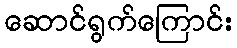
ဆောင်ရွက်ကြောင်း